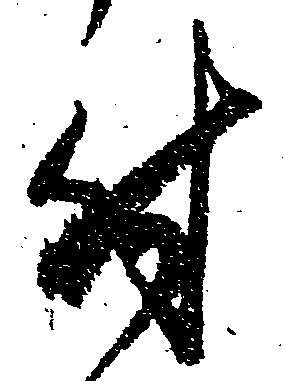
付